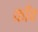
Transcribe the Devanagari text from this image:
काँव